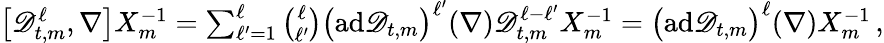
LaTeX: \begin{array}{r}{\big[\mathscr{D}_{t,m}^{\ell},\nabla\bigr]X_{m}^{-1}=\sum_{\ell^{\prime}=1}^{\ell}\binom{\ell}{\ell^{\prime}}\bigl(\mathrm{ad}\mathscr{D}_{t,m}\bigr)^{\ell^{\prime}}(\nabla)\mathscr{D}_{t,m}^{\ell-\ell^{\prime}}X_{m}^{-1}=\bigl(\mathrm{ad}\mathscr{D}_{t,m}\bigr)^{\ell}(\nabla)X_{m}^{-1}\, ,}\end{array}